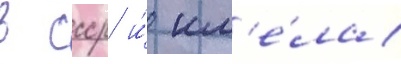
в ссср и́ им'е́ла